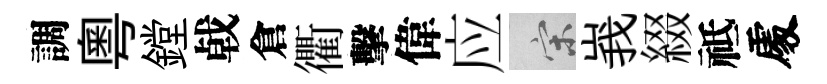
調粤鏜㦸倉衢擊偉应宋峩綴祗𠁅